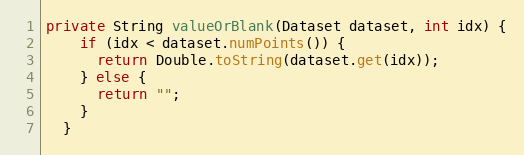
Language: Java
private String valueOrBlank(Dataset dataset, int idx) {
    if (idx < dataset.numPoints()) {
      return Double.toString(dataset.get(idx));
    } else {
      return "";
    }
  }